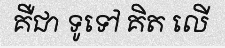
គឺជា ទូទៅ គិត លើ